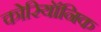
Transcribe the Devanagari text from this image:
कोरियॉनिक